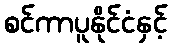
စင်ကာပူနိုင်ငံနှင့်